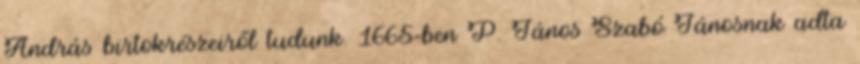
András birtokrészeiről tudunk. 1665-ben P. János Szabó Jánosnak adta